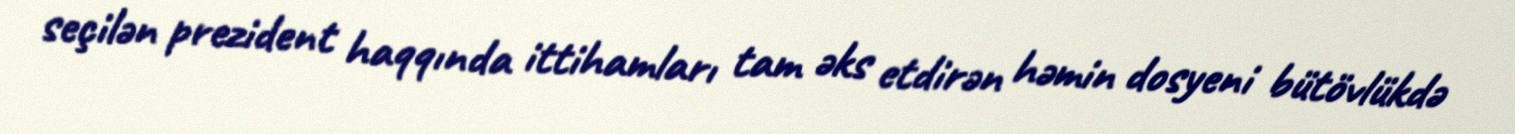
seçilən prezident haqqında ittihamları tam əks etdirən həmin dosyeni bütövlükdə